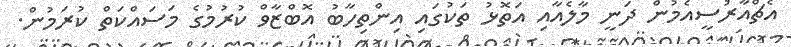
އެޗްއާރުސީއެމުން ދަނީ މާލެއާއި އަތޮޅު ތަކުގައި އިންތިހާބު އޮބްޒާވް ކުރުމުގެ މަސައްކަތް ކުރަމުން.